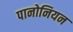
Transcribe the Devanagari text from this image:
पानोनियन